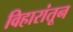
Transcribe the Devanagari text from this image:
विहारांतून